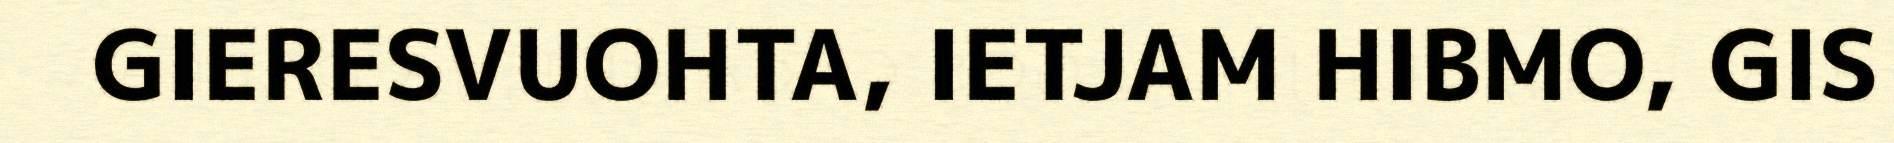
GIERESVUOHTA, IETJAM HIBMO, GIS